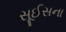
સૂઈસના